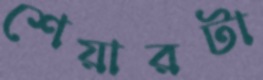
শেয়ারটা